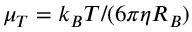
\mu _ { T } = k _ { B } T / ( 6 \pi \eta R _ { B } )